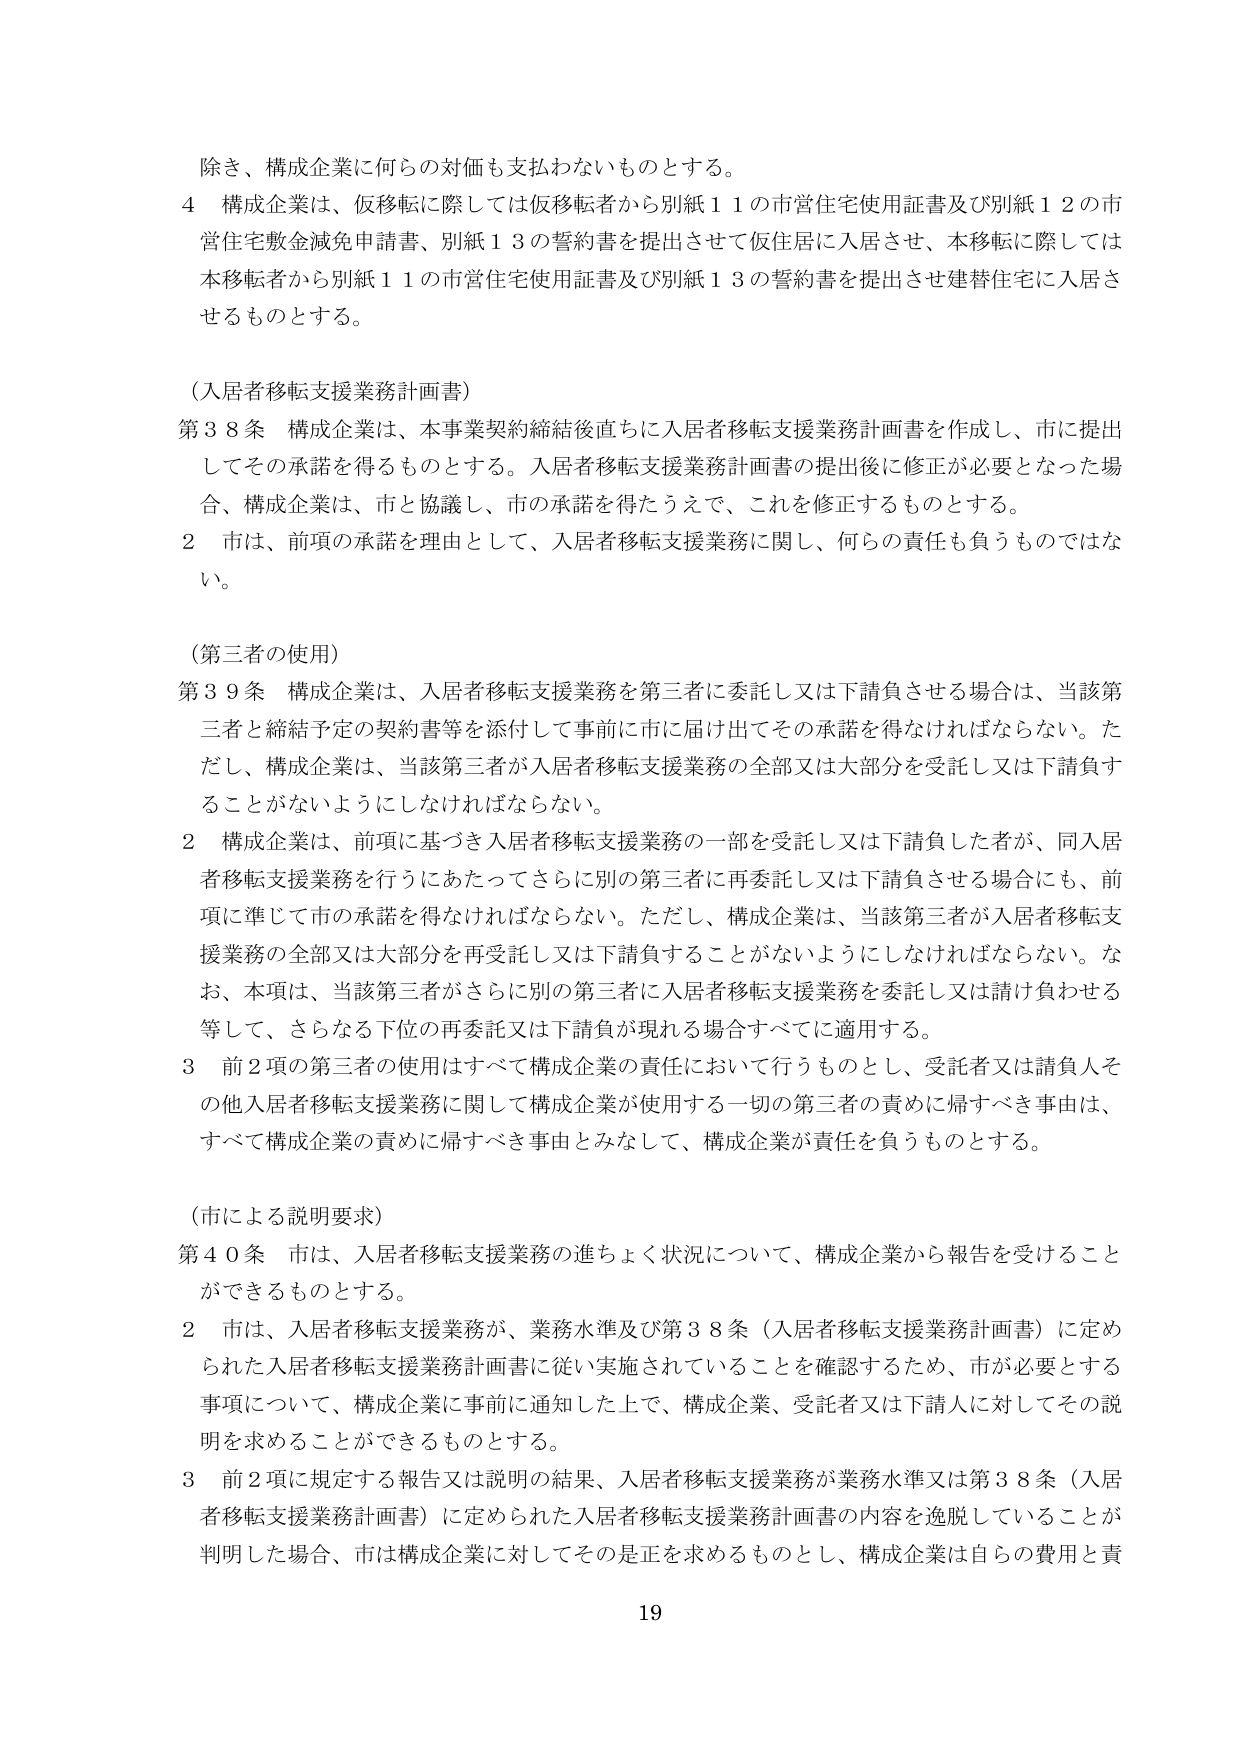
除き、構成企業に何らの対価も支払わないものとする。

４ 構成企業は、仮移転に際しては仮移転者から別紙１１の市営住宅使用証書及び別紙１２の市営住宅敷金減免申請書、別紙１３の誓約書を提出させて仮住居に入居させ、本移転に際しては本移転者から別紙１１の市営住宅使用証書及び別紙１３の誓約書を提出させ建替住宅に入居させるものとする。

（入居者移転支援業務計画書）

第３８条 構成企業は、本事業契約締結後直ちに入居者移転支援業務計画書を作成し、市に提出してその承諾を得るものとする。入居者移転支援業務計画書の提出後に修正が必要となった場合、構成企業は、市と協議し、市の承諾を得たうえで、これを修正するものとする。

２ 市は、前項の承諾を理由として、入居者移転支援業務に関して、何らの責任も負うものではない。

（第三者の使用）

第３９条 構成企業は、入居者移転支援業務を第三者に委託し又は下請負させる場合は、当該第三者と締結予定の契約書等を添付して事前に市に届け出てその承諾を得なければならない。ただし、構成企業は、当該第三者が入居者移転支援業務の全部又は大部分を受託し又は下請負することがないようにしなければならない。

２ 構成企業は、前項に基づき入居者移転支援業務の一部を受託し又は下請負した者が、同入居者移転支援業務を行うにあたってさらに別の第三者に再委託し又は下請負させる場合にも、前項に準じて市の承諾を得なければならない。ただし、構成企業は、当該第三者が入居者移転支援業務の全部又は大部分を再受託し又は下請負することがないようにしなければならない。なお、本項は、当該第三者がさらに別の第三者に入居者移転支援業務を委託し又は請け負わせる等して、さらなる下位の再委託又は下請負が現れる場合すべてに適用する。

３ 前２項の第三者の使用はすべて構成企業の責任において行うものとし、受託者又は請負人その他の入居者移転支援業務に関して構成企業が使用する一切の第三者の責めに帰すべき事由は、すべて構成企業の責めに帰すべき事由とみなして、構成企業が責任を負うものとする。

（市による説明要求）

第４０条 市は、入居者移転支援業務の進ちょく状況について、構成企業から報告を受けることができるものとする。

２ 市は、入居者移転支援業務が、業務水準及び第３８条（入居者移転支援業務計画書）に定められた入居者移転支援業務計画書に従い実施されていることを確認するため、市が必要とする事項について、構成企業に事前に通知した上で、構成企業、受託者又は下請人に対してその説明を求めることができるものとする。

３ 前２項に規定する報告又は説明の結果、入居者移転支援業務が業務水準又は第３８条（入居者移転支援業務計画書）に定められた入居者移転支援業務計画書の内容を逸脱していることが判明した場合、市は構成企業に対してその是正を求めるものとし、構成企業は自らの費用と責

19